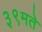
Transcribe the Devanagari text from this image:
३९मते